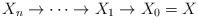
LaTeX: \begin{align*}X_n\to\cdots\to X_1\to X_0=X\end{align*}